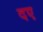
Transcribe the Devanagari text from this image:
दए